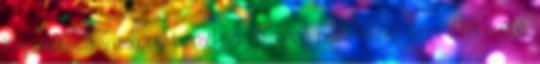
kapcsolata viszont tényleg nagyon nem kéne. Nem illik bele